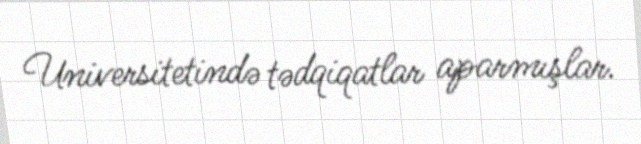
Universitetində tədqiqatlar aparmışlar.